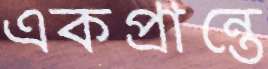
একপ্রান্তে